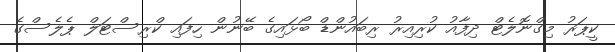
ކީޕަރު މިގްނޮލެޓް ދިފާއު ކުރިއިރު ރިބައުންޑް ބޯޅައިގެ ބޭނުން ހިފައި ކްރިސްޓަލް ޕެލެސްގެ